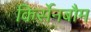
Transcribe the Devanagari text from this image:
किर्सेनबौम